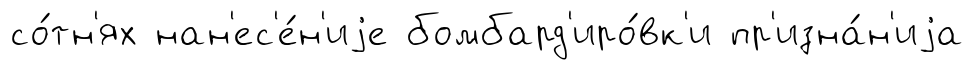
со́тн'ях нан'ес'е́н'иjе бомбард'иро́вк'и пр'изна́н'иjа